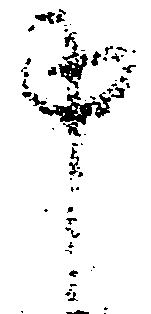
申